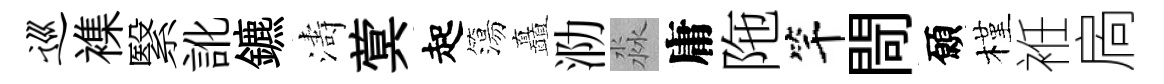
巡襍繄訛鑣濤蓂起簜矗泐淼庸陁竿閜願槿袵扄